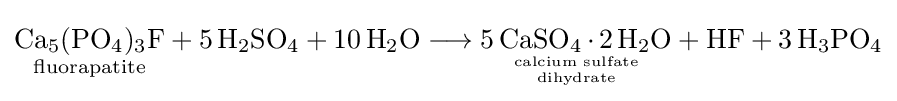
{\underset {\text{fluorapatite}}{\mathrm {Ca} {\vphantom {A}}_{\smash[{t}]{5}}(\mathrm {PO} {\vphantom {A}}_{\smash[{t}]{4}}){\vphantom {A}}_{\smash[{t}]{3}}\mathrm {F} }}+{5\,\mathrm {H} {\vphantom {A}}_{\smash[{t}]{2}}\mathrm {SO} {\vphantom {A}}_{\smash[{t}]{4}}{}+{}10\,\mathrm {H} {\vphantom {A}}_{\smash[{t}]{2}}\mathrm {O} }\longrightarrow {\underset {{\text{calcium sulfate}} \atop {\text{dihydrate}}}{5\,\mathrm {CaSO} {\vphantom {A}}_{\smash[{t}]{4}}\,{\cdot }\,2\,\mathrm {H} {\vphantom {A}}_{\smash[{t}]{2}}\mathrm {O} }}+{\mathrm {HF} {}+{}3\,\mathrm {H} {\vphantom {A}}_{\smash[{t}]{3}}\mathrm {PO} {\vphantom {A}}_{\smash[{t}]{4}}}